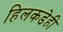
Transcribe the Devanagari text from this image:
हिलकडेही